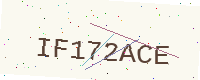
Text: IF172ACE